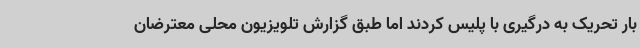
بار تحریک به درگیری با پلیس کردند اما طبق گزارش تلویزیون محلی معترضان